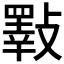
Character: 𣀇